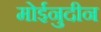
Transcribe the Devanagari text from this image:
मोईनुदीन